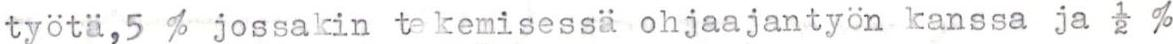
työtä,5 % jossakin tekemisessä ohjaajantyön kanssa ja ½ %